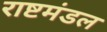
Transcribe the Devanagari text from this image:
राष्टमंडल